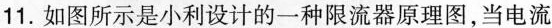
11.如图所示是小利设计的一种限流器原理图，当电流